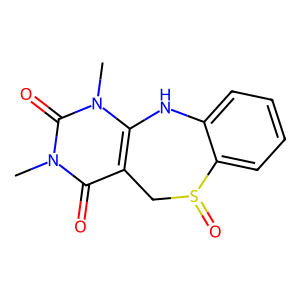
SMILES: Cn1c2c(c(=O)n(C)c1=O)CS(=O)c1ccccc1N2
Inhibits HIV replication: No